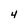
Character: 4